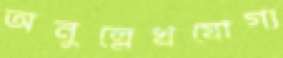
অনুল্লেখযোগ্য